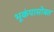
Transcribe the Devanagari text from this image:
भूकंपासोबत